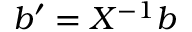
b ^ { \prime } = X ^ { - 1 } b